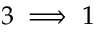
3 \implies 1